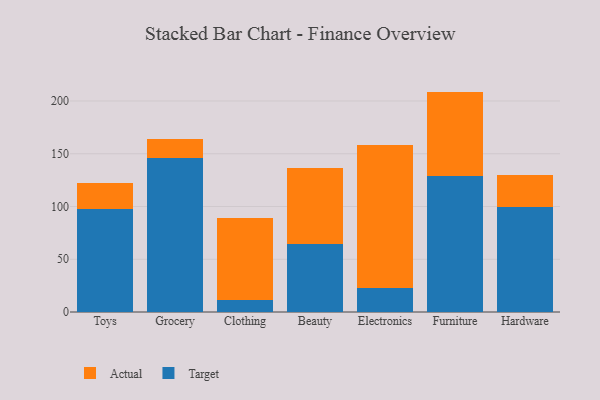
{"axis": {"x": "Category", "y": "Energy Usage (MWh)"}, "legend": ["Actual", "Target"], "data": [{"x": "Toys", "y": 97.3, "type": "Target"}, {"x": "Toys", "y": 25.3, "type": "Actual"}, {"x": "Grocery", "y": 146.0, "type": "Target"}, {"x": "Grocery", "y": 18.1, "type": "Actual"}, {"x": "Clothing", "y": 11.6, "type": "Target"}, {"x": "Clothing", "y": 77.4, "type": "Actual"}, {"x": "Beauty", "y": 64.7, "type": "Target"}, {"x": "Beauty", "y": 71.7, "type": "Actual"}, {"x": "Electronics", "y": 22.9, "type": "Target"}, {"x": "Electronics", "y": 135.2, "type": "Actual"}, {"x": "Furniture", "y": 129.1, "type": "Target"}, {"x": "Furniture", "y": 79.8, "type": "Actual"}, {"x": "Hardware", "y": 99.1, "type": "Target"}, {"x": "Hardware", "y": 30.6, "type": "Actual"}]}